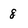
Character: 8